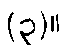
(၃)။